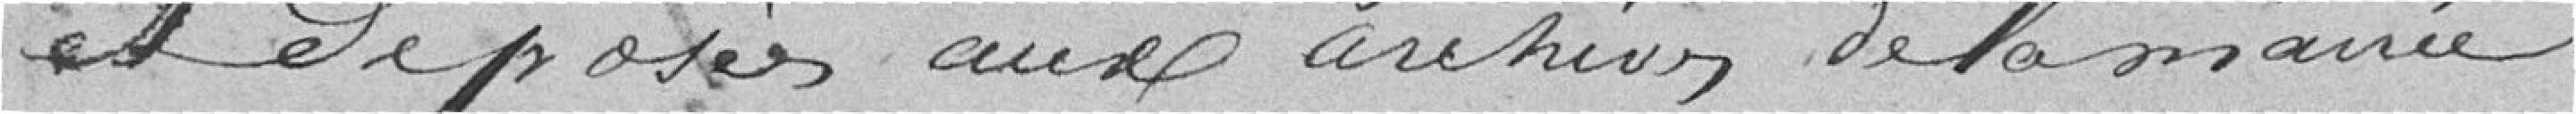
et déposées aux archives de la mairie.